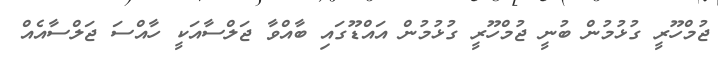
ޖުމްހޫރީ ގުޅުމުން ބުނީ ޖުމްހޫރީ ގުޅުމުން އައްޑޫގައި ބާއްވާ ޖަލްސާއަކީ ހާއްސަ ޖަލްސާއެއް